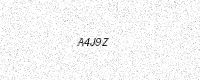
Text: A4J9Z